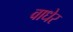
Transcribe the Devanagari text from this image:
वाधेर